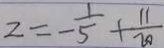
z = - \frac { 1 } { 5 } + \frac { 1 1 } { 2 0 }